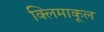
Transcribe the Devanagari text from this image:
क्लिमाकूल